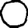
Digit: 0